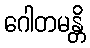
ဂေါတမန္တိ